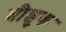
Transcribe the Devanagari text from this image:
श्रीशुक